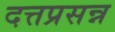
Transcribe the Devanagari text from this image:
दत्तप्रसन्न